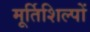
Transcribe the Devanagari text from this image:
मूर्तिशिल्पों